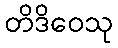
တိဒိဝေသု